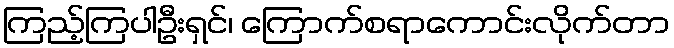
ကြည့်ကြပါဦးရှင်၊ ကြောက်စရာကောင်းလိုက်တာ